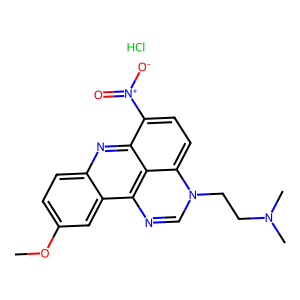
SMILES: COc1ccc2nc3c([N+](=O)[O-])ccc4c3c(ncn4CCN(C)C)c2c1.Cl
Inhibits HIV replication: No